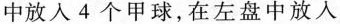
中放入4个甲球，在左盘中放入